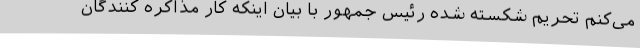
می‌کنم تحریم شکسته شده رئیس جمهور با بیان اینکه کار مذاکره کنندگان